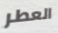
العطر